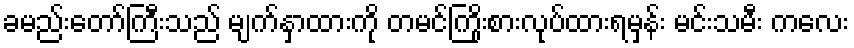
ခမည်းတော်ကြီးသည် မျက်နှာထားကို တမင်ကြိုးစားလုပ်ထားရမှန်း မင်းသမီး ကလေး